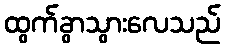
ထွက်ခွာသွားလေသည်